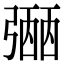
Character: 𢐡